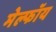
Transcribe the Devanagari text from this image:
मेल्फॉय